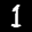
Label: 1